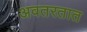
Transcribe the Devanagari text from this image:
अवतरतात